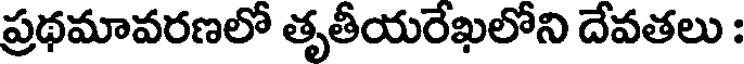
ప్రథమావరణలో తృతీయరేఖలోని దేవతలు :